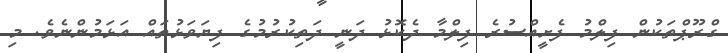
ގްރޫޕްތަކުން ފިލްމު ފެށީއްސުރެ ފިލްމާ ދެކޮޅު ދަނީ ދަތިކުރުމުގެ ފިޔަވަޅުތައް އަޅަމުންނެވެ. މި